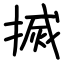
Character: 搣